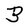
Character: B